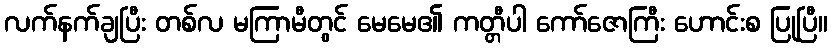
လက်နက်ချပြီး တစ်လ မကြာမီတွင် မေမေ၏ ကတ္တီပါ ကော်ဇောကြီး ဟောင်းစ ပြုပြီ။